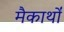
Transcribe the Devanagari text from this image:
मैकार्थों